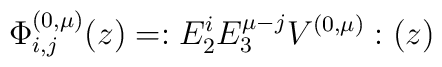
\Phi_{i,j}^{(0 , \mu)}(z) = : E_{2}^{i} E_{3}^{\mu - j} V^{(0 , \mu)} : (z)